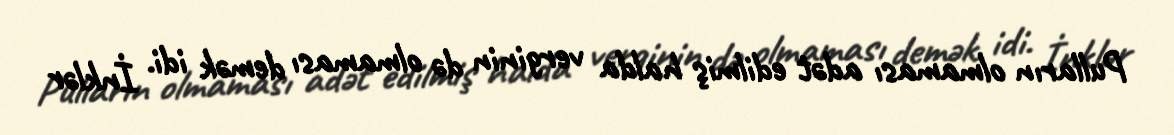
Pulların olmaması adət edilmiş halda verginin də olmaması demək idi. İnklər